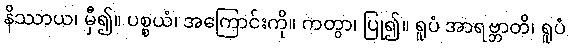
နိဿာယ၊ မှီ၍။ ပစ္စယံ၊ အကြောင်းကို။ ကတွာ၊ ပြု၍။ ရူပံ အာရဗ္ဘာတိ၊ ရူပံ